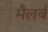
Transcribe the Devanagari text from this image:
मैलर्ब